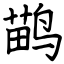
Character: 鹋